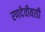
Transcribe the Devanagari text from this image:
रणदेवीवाडी